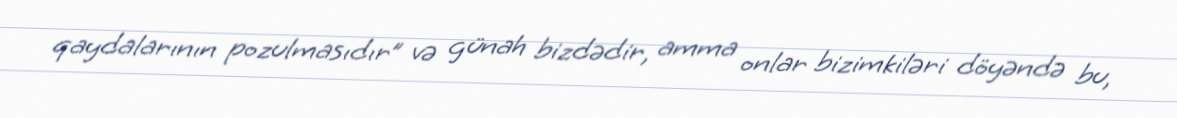
qaydalarının pozulmasıdır” və günah bizdədir, amma onlar bizimkiləri döyəndə bu,